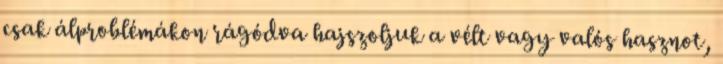
csak álproblémákon rágódva hajszoljuk a vélt vagy valós hasznot,